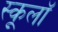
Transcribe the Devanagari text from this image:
स्कूलॉ